Insane asylums in Bengal annual reports 1867-1875 - 1867-1875
Year: 1867
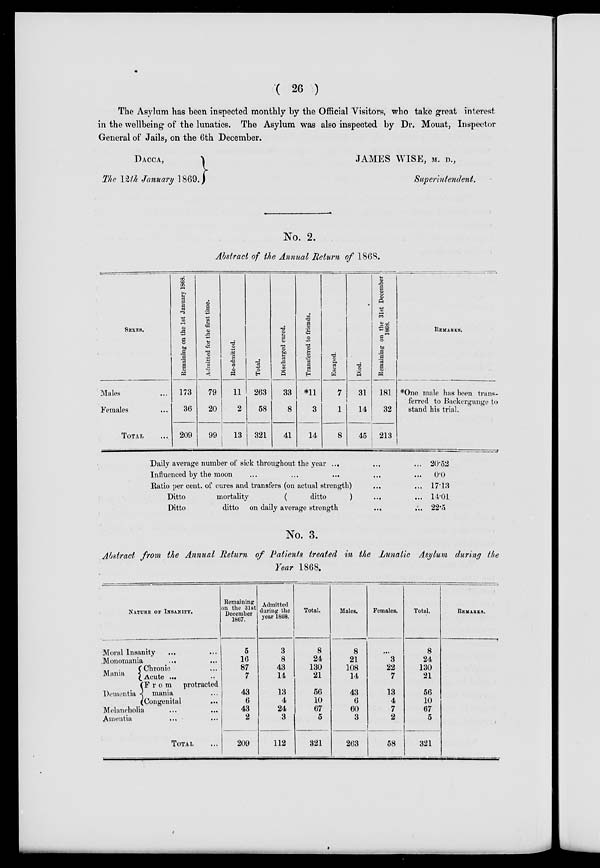
( 26 )
The Asylum has been inspected monthly by the Official Visitors, who take great interest
in the wellbeing of the lunatics. The Asylum was also inspected by Dr. Mouat, Inspector
General of Jails, on the 6th December.
DACCA,
The 12th January 1869.
JAMES WISE, M. D.,
Superintendent.
No. 2.
Abstract of the Annual Return of 1868.
SEXES.
Males ...
Females ...
TOTAL ...
Remaining on the 1st January 1868.
173
36
209
Admitted for the first time.
79
20
99
Re-admitted.
11
2
13
Total.
263
58
321
Discharged cured.
33
8
41
Transferred to friends.
*11
3
14
Escaped.
7
1
8
Died.
31
14
45
Remaining on the 31st December
1868.
181
32
213
REMARKS.
*One male has been trans-
ferred to Backergunge to
stand his trial.
Daily average number of sick throughout the year ... ... ...
Influenced by the moon ... ... ... ... ... ...
Ratio per cent. of cures and transfers (on actual strength) ... ...
Ditto
mortality
(
ditto
) ... ...
Ditto
ditto on daily average strength
...
...
20.52
0.0
17.13
14.01
22.5
No. 3.
Abstract from the Annual Return of Patients treated in the Lunatic Asylum during the
Year 1868.
NATURE OF INSANITY.
Moral Insanity ... ...
Monomania
...
.,.
Mania
Dementia
Chronic ...
Acute ...
From
protracted
mania ...
Congenital ...
Melancholia ... ...
Amentia ... ...
TOTAL ...
Remaining
on the 31st
December
1867.
5
16
87
7
43
6
43
2
209
Admitted
during the
year 1868.
3
8
43
14
13
4
24
3
112
Total.
8
24
130
21
56
10
67
5
321
Males.
8
21
108
14
43
6
60
3
263
Females.
...
3
22
7
13
4
7
2
58
Total.
8
24
130
21
56
10
67
5
321
REMARKS.